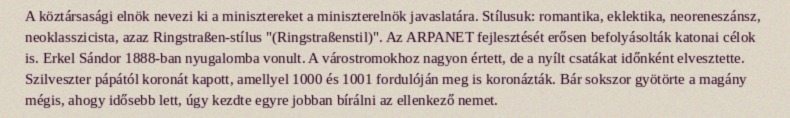
A köztársasági elnök nevezi ki a minisztereket a miniszterelnök javaslatára. Stílusuk: romantika, eklektika, neoreneszánsz, neoklasszicista, azaz Ringstraßen-stílus "(Ringstraßenstil)". Az ARPANET fejlesztését erősen befolyásolták katonai célok is. Erkel Sándor 1888-ban nyugalomba vonult. A várostromokhoz nagyon értett, de a nyílt csatákat időnként elvesztette. Szilveszter pápától koronát kapott, amellyel 1000 és 1001 fordulóján meg is koronázták. Bár sokszor gyötörte a magány mégis, ahogy idősebb lett, úgy kezdte egyre jobban bírálni az ellenkező nemet.